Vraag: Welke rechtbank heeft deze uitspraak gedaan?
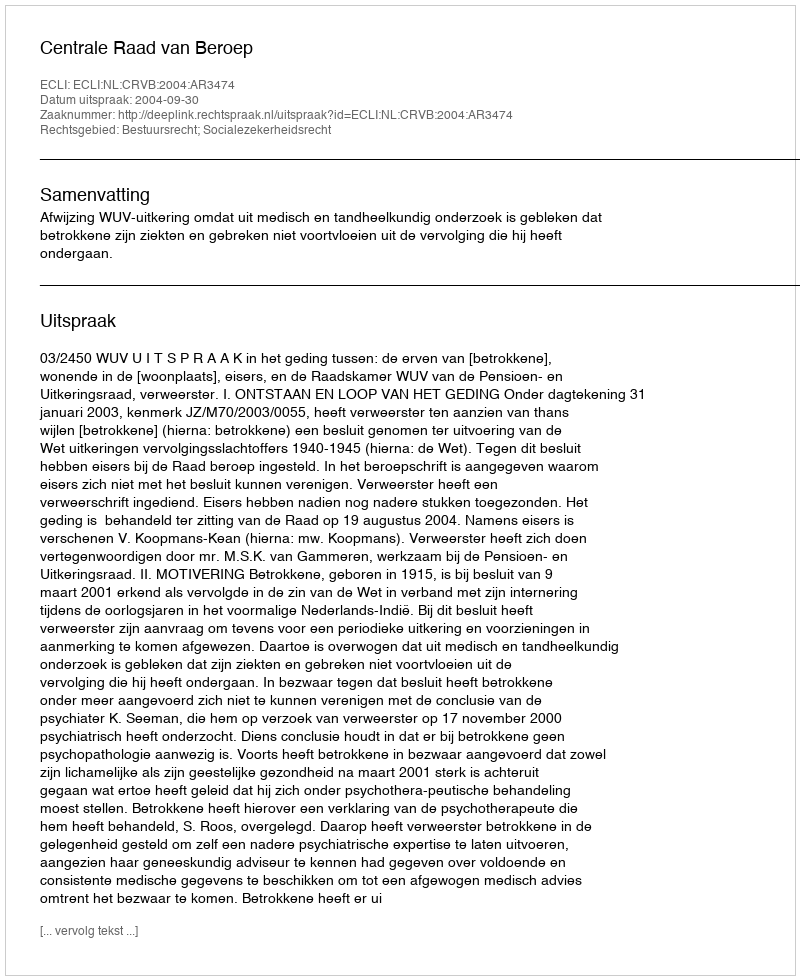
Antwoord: Centrale Raad van Beroep